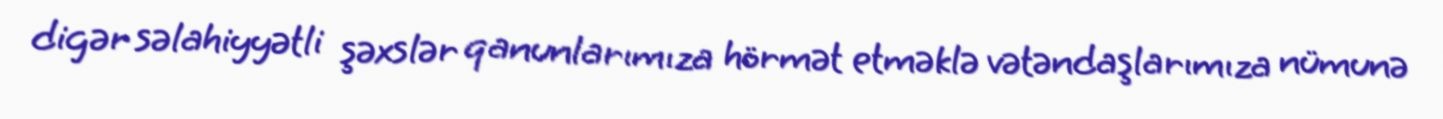
digər səlahiyyətli şəxslər qanunlarımıza hörmət etməklə vətəndaşlarımıza nümunə